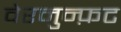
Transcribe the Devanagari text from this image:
वेरनुन्फ़ट